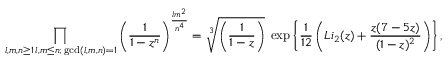
\prod _ { \substack { l , m , n \geq 1 \, l , m \leq n ; \, \operatorname* { g c d } ( l , m , n ) = 1 } } \left( \frac { 1 } { 1 - z ^ { n } } \right) ^ { \frac { l m ^ { 2 } } { n ^ { 4 } } } = \sqrt [ 3 ] { \left( \frac { 1 } { 1 - z } \right) } \; \exp \left\{ \frac { 1 } { 1 2 } \left( L i _ { 2 } ( z ) + \frac { z ( 7 - 5 z ) } { ( 1 - z ) ^ { 2 } } \right) \right\} ,